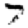
Digit: 7